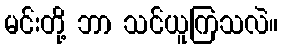
မင်းတို့ ဘာ သင်ယူကြသလဲ။